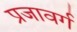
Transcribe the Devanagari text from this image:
प्रजावर्ग